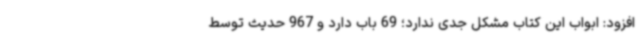
افزود: ابواب این کتاب مشکل جدی ندارد؛ 69 باب دارد و 967 حدیث توسط